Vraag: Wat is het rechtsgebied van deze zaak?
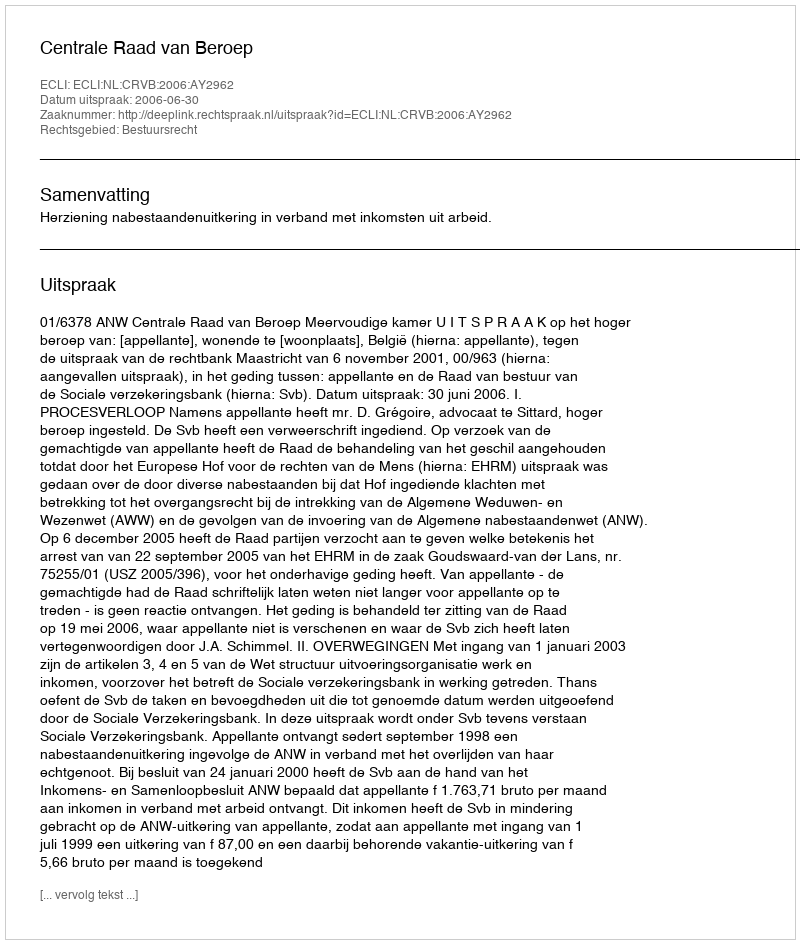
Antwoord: Bestuursrecht